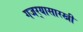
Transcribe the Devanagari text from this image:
गजर्‍यासारखी